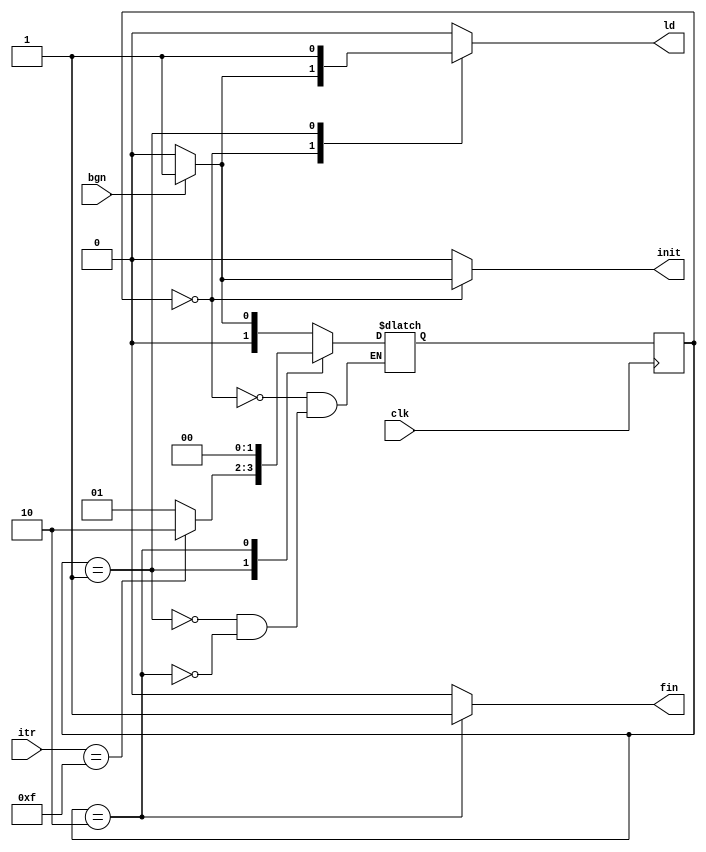
`timescale 1ns / 1ps
//////////////////////////////////////////////////////////////////////////////////
// Company: 
// Engineer: 
// 
// Design Name: 
// Module Name:    cordicctrl 
// Project Name: 
// Target Devices: 
// Tool versions: 
// Description: 
//
// Dependencies: 
//
// Revision: 
// Revision 0.01 - File Created
// Additional Comments: 
//
//////////////////////////////////////////////////////////////////////////////////
module cordicctrl #(parameter rndw = 4)
(	input bgn, clk,
	input [rndw-1:0] itr,
	output reg init, ld, fin
    );
localparam S_WAIT = 2'b00;
localparam S_EXEC = 2'b01;
localparam S_END = 2'b10;

reg[1:0] state, state_next;

initial begin
	state = S_WAIT;
end

always @(posedge clk) begin
	//#1;
	state <= state_next;
end

always @(state, bgn, itr) begin
	ld = 1'b0;
	init = 1'b0;
	fin = 1'b0;
	case(state)
		S_WAIT: 
			if(bgn) begin
				ld <= 1'b1;
				init <= 1'b1;
				state_next <= S_EXEC;
			end
			else begin
				state_next <= S_WAIT;
			end
		S_EXEC:
			if(itr == 15) begin
				ld <= 1'b1;
				state_next <= S_END;
			end
			else begin
				ld <= 1'b1;
				state_next <= S_EXEC;
			end
		S_END:
			begin
				fin <= 1'b1;
				state_next <= S_WAIT;
			end
		endcase
end
	
endmodule